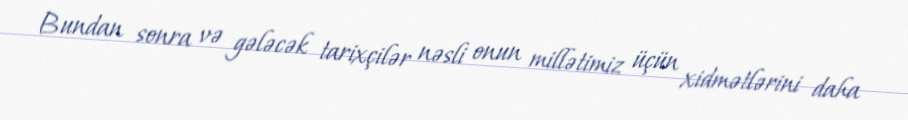
Bundan sonra və gələcək tarixçilər nəsli onun millətimiz üçün xidmətlərini daha